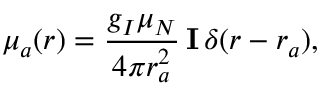
\boldsymbol \mu _ { a } ( r ) = \frac { g _ { I } \mu _ { N } } { 4 \pi r _ { a } ^ { 2 } } \, \mathbf { I } \, \delta ( r - r _ { a } ) ,